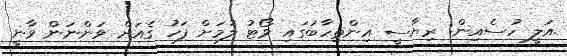
.އަލީ ހުސެއިން: ރިޔާސީ އިންތިހާބުގައި ވޯޓު ލުމަށް ފަހު ގެއަށް ވަންނަން ވާނީ